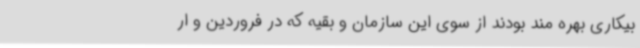
بیکاری بهره مند بودند از سوی این سازمان و بقیه که در فروردین و ار